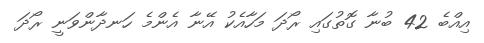
އިއްބެ 42 ބުނާ ގޮތުގައި ރޯދަ މަހާއެކު އޭނާ އެންމެ ހަނދާންވަނީ ރޯދަ